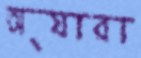
অ্যারা